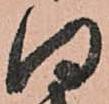
何